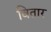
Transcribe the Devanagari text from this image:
वितार